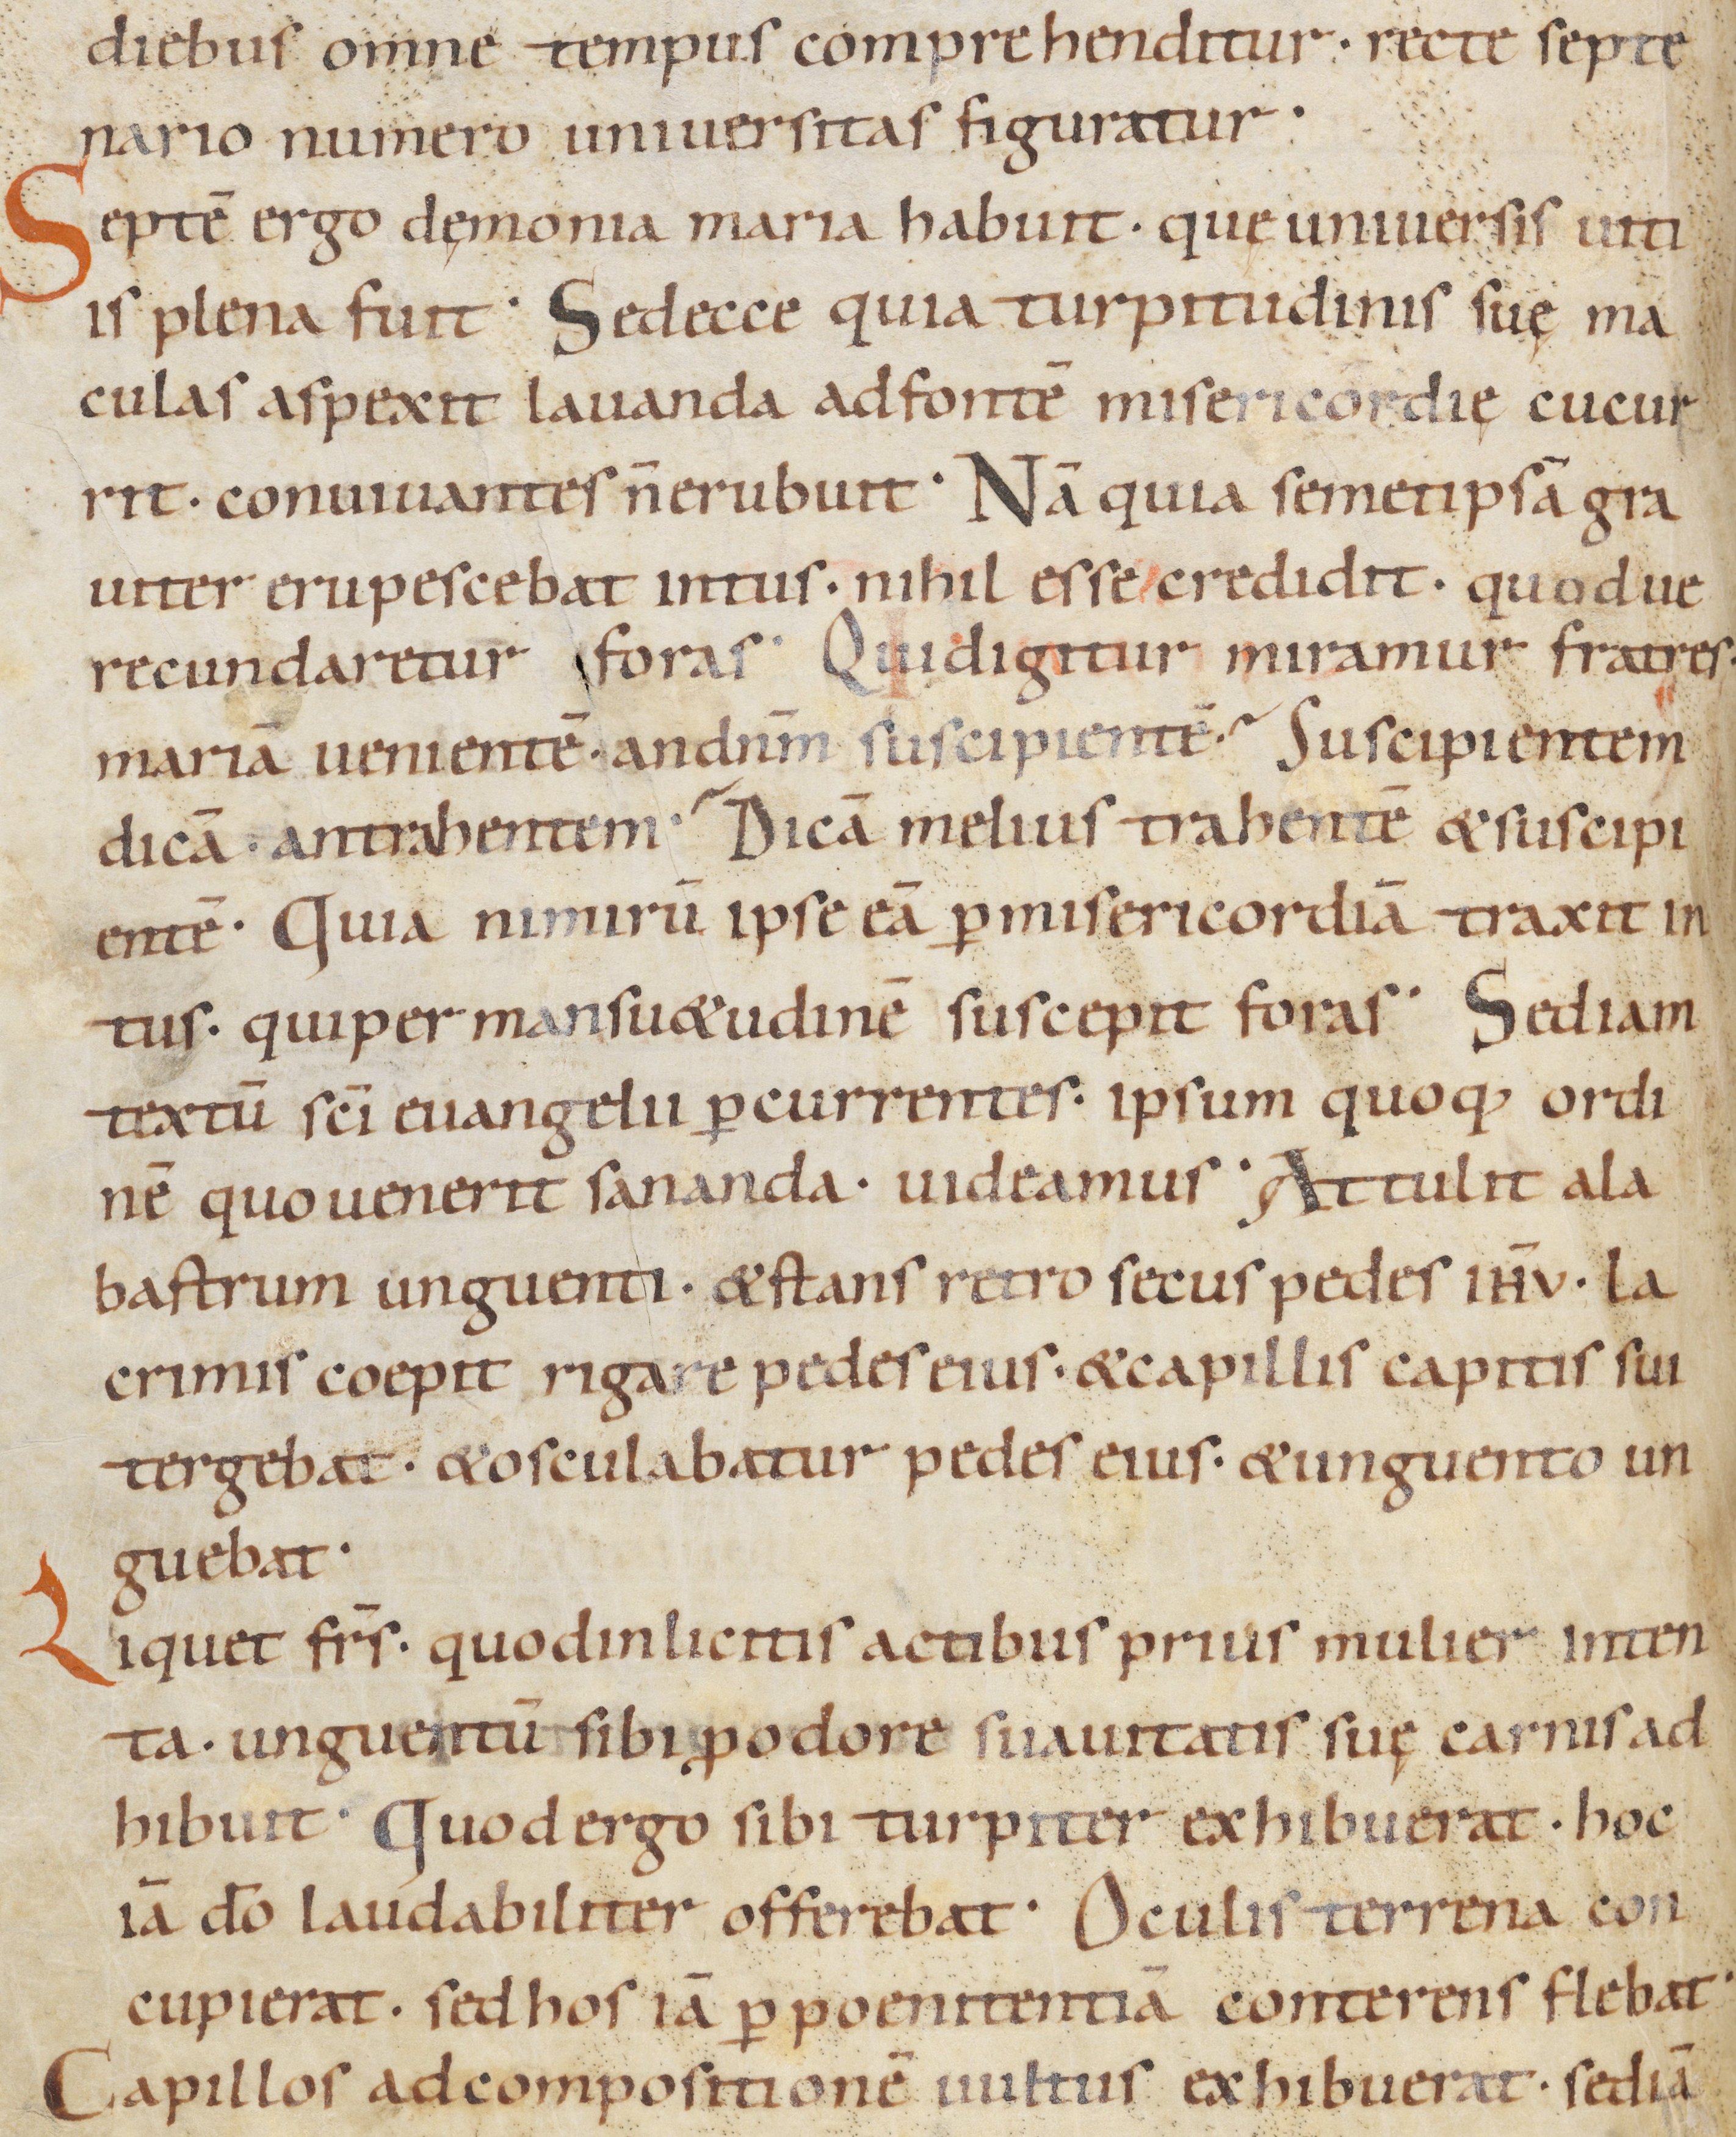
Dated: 900–999